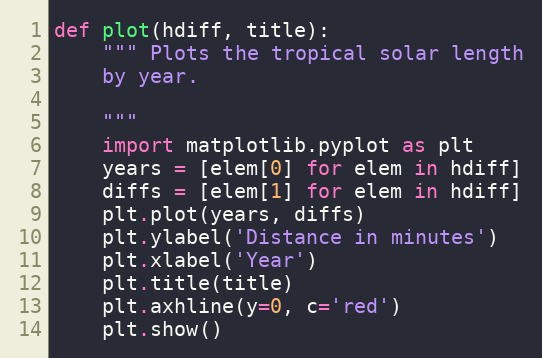
Language: Python
def plot(hdiff, title):
    """ Plots the tropical solar length
    by year.

    """
    import matplotlib.pyplot as plt
    years = [elem[0] for elem in hdiff]
    diffs = [elem[1] for elem in hdiff]
    plt.plot(years, diffs)
    plt.ylabel('Distance in minutes')
    plt.xlabel('Year')
    plt.title(title)
    plt.axhline(y=0, c='red')
    plt.show()